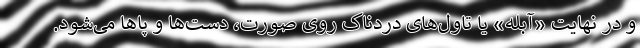
و در نهایت «آبله» یا تاول‌های دردناک روی صورت، دست‌ها و پاها می‌شود.